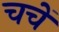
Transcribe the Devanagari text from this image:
चचें